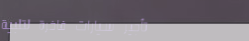
تأجير سيارات فاخرة لتلبية